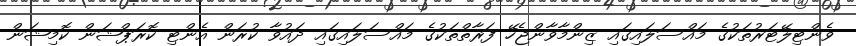
ވެންޓިލޭޓަރުތަކުގެ މައްސަލައިގައި ޒިންމާވާންޖެހޭ ފަރާތްތަކުގެ މައްސަލައިގައި ދައުވާ ކުރަން އެންޓި ކޮރަޕްޝަން ކޮމިޝަން